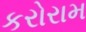
કરોરામ